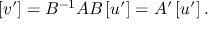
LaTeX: \left[ v ^ { \prime } \right] = B ^ { - 1 } A B \left[ u ^ { \prime } \right] = A ^ { \prime } \left[ u ^ { \prime } \right] .